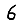
Digit: 6